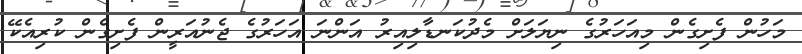
މަހުން ފެށިގެން މިއަހަރުގެ ނިޔަލަށް މެދުކަނޑާލިއިރު އަންނަ އަހަރުގެ ޖެނުއަރީން ފެށިގެން ކުރިއެކޭ